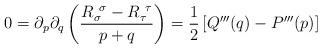
LaTeX: \begin{align*}0=\partial_p \partial_q \left( {R_\sigma^{\ \sigma} - R_\tau^{\ \tau}\over p + q }\right) = {1 \over 2} \left[ Q'''(q) - P'''(p)\right]\end{align*}